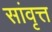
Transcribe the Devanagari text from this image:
सांवृत्त